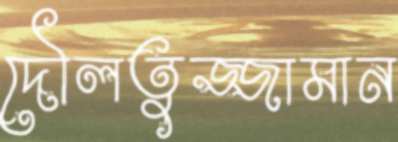
দৌলতুজ্জামান